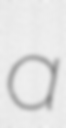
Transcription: a